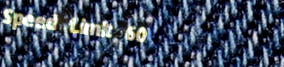
Speed Limit 60